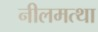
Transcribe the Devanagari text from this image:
नीलमत्था